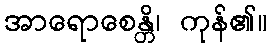
အာရောစေန္တိ၊ ကုန်၏။